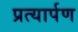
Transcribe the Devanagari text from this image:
प्रत्‍यार्पण